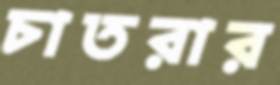
চাতরার